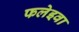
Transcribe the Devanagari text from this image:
फलेइवा